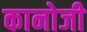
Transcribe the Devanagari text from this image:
कानोजी